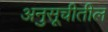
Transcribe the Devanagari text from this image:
अनुसूचीतील